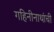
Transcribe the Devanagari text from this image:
गहिनीनाथांची